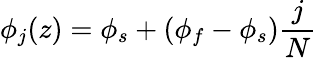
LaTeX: \phi_{j}(z)=\phi_{s}+(\phi_{f}-\phi_{s})\frac{j}{N}